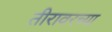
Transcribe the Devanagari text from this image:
तीरावरच्या